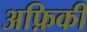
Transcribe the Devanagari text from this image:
अफ़िकी